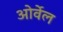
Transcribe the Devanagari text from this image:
ओर्वेल